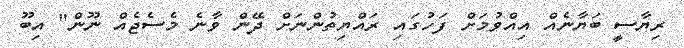
ރިޔާސީ ބަޔާނެއް އިއްވުމަށް ފަހުގައި ރައްޔިތުންނަށް ދޭން ވާނެ މެސެޖެއް ނޫން" އިބޫ